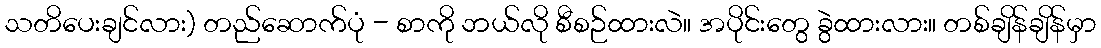
သတိပေးချင်လား) တည်ဆောက်ပုံ - စာကို ဘယ်လို စီစဉ်ထားလဲ။ အပိုင်းတွေ ခွဲထားလား။ တစ်ချိန်ချိန်မှာ